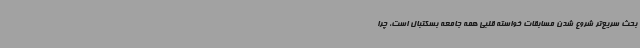
بحث سریع‌تر شروع شدن مسابقات خواسته قلبی همه جامعه بسکتبال است، چرا